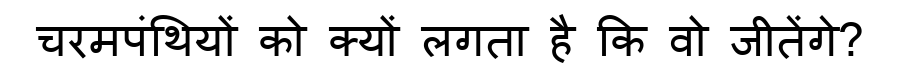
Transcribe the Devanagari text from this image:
चरमपंथियों को क्यों लगता है कि वो जीतेंगे?